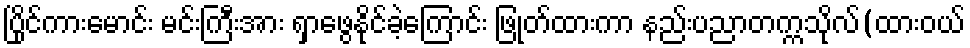
ပြိုင်ကားမောင်း မင်းကြီးအား ရှာဖွေနိုင်ခဲ့ကြောင်း ဖြုတ်ထားကာ နည်းပညာတက္ကသိုလ်(ထားဝယ်